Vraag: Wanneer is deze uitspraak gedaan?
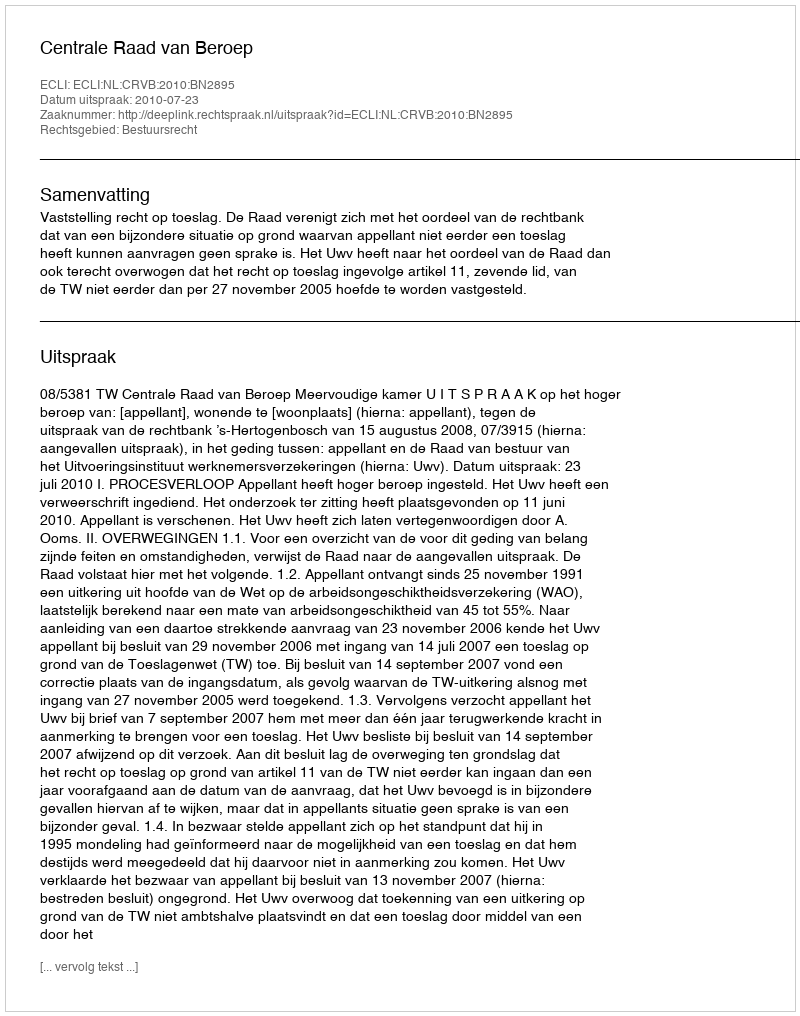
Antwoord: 2010-07-23